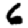
Digit: 6